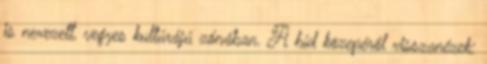
is nevezett, vegyes kultúrájú zónában. A híd közepéről visszanézek: